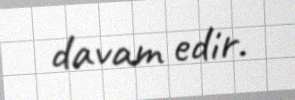
davam edir.